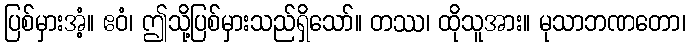
ပြစ်မှားအံ့။ ဧဝံ၊ ဤသို့ပြစ်မှားသည်ရှိသော်။ တဿ၊ ထိုသူအား။ မုသာဘဏတော၊